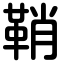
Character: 鞘